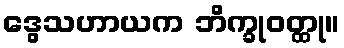
ဒွေသဟာယက ဘိက္ခုဝတ္ထု။